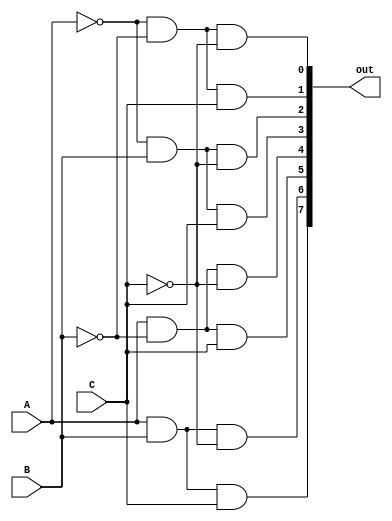
`timescale 1ns / 1ps

module Decoder(
    input A,
    input B,
    input C,
    output [7:0] out
    );
 
and (out[0],~A,~B,~C);
and (out[1],~A,~B,C);
and (out[2],~A,B,~C);
and (out[3],~A,B,C);
and (out[4],A,~B,~C);
and (out[5],A,~B,C);
and (out[6],A,B,~C);
and (out[7],A,B,C);
endmodule